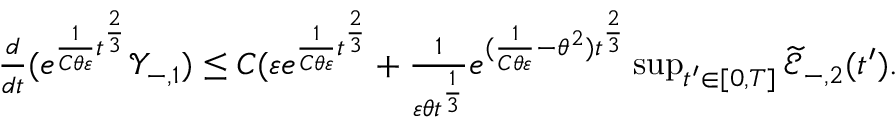
\begin{array} { r } { \frac { d } { d t } ( e ^ { \frac { 1 } { C \theta \varepsilon } t ^ { \frac { 2 } { 3 } } } \mathscr Y _ { - , 1 } ) \leq C ( \varepsilon e ^ { \frac { 1 } { C \theta \varepsilon } t ^ { \frac { 2 } { 3 } } } + \frac { 1 } { \varepsilon \theta t ^ { \frac { 1 } { 3 } } } e ^ { ( \frac { 1 } { C \theta \varepsilon } - \theta ^ { 2 } ) t ^ { \frac { 2 } { 3 } } } \operatorname* { s u p } _ { t ^ { \prime } \in [ 0 , T ] } { \widetilde { \mathscr E } _ { - , 2 } ( t ^ { \prime } ) } . } \end{array}